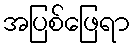
အပြစ်ဖြေရာ